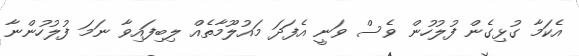
އެކަމާ ގުޅިގެން ފުލުހުން ވެސް ވަނީ އެފަދަ މައުލޫމާތެއް ލިބިފައިވާ ނަމަ ފުލުހުންނާ